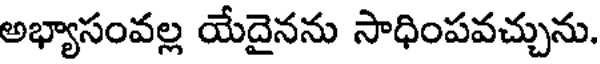
అభ్యాసంవల్ల యేదైనను సాధింపవచ్చును.